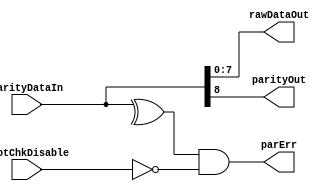
//////////////////////////////////////////////////////////////////////////////
// Copyright (c) 2006, Cisco Systems, Inc.
// All Rights Reserved.
//
// This is UNPUBLISHED PROPRIETARY SOURCE CODE of Cisco Systems, Inc;
// the contents of this file may not be disclosed to third parties, copied or
// duplicated in any form, in whole or in part, without the prior written
// permission of Cisco Systems, Inc.
//
// RESTRICTED RIGHTS LEGEND:
// Use, duplication or disclosure by the Government is subject to restrictions
// as set forth in subdivision (c)(1)(ii) of the Rights in Technical Data
// and Computer Software clause at DFARS 252.227-7013, and/or in similar or
// successor clauses in the FAR, DOD or NASA FAR Supplement. Unpublished -
// rights reserved under the Copyright Laws of the United States.
//
//////////////////////////////////////////////////////////////////////////////
//
// File          : CapParityCkr
// Description   : Parity Checker
// $Heading$
//
//
//////////////////////////////////////////////////////////////////////////////


`timescale 1ns / 1ns

module CapParityCkr
   #(parameter WIDTH =8
     )
   ( 
    input  wire  [WIDTH:0]                        parityDataIn,
    input  wire                                   protChkDisable,
    output wire  [WIDTH-1:0]                      rawDataOut,
    output wire  [0:0]                            parityOut,
    output wire                                   parErr
     

     );

`ifdef CAP_PARITY_GLOBAL_BYPASS
   
   assign parErr      = 1'b0;
   assign parityOut   = 1'b0;

`else

   assign parErr      = (^parityDataIn) && (!protChkDisable);
   assign parityOut   = parityDataIn[WIDTH];

`endif

   assign rawDataOut  = parityDataIn[WIDTH-1:0];
   
endmodule // CapEccCkr

//
//$Log: CapParityCkr.v,v $
//Revision 1.1  2013/01/31 03:10:12  abhasin2
//Adding files to dglobal used for memory instantiation in cray
//
//Revision 4.1  2012/03/13 22:25:42  rvish
//initial checkin for dopplerd with name changes. 4 tests fail in commit_regress - JtagDeviceIdJtagChipVTest, commitRtsCsmTestArray, PuzzleCoreEmulFlistTest and PlcResolutionBasicPlcTest
//
//Revision 4.0  2012/03/11 07:02:42  glambida
//Incrementing revision to 4.0
//
//Revision 3.1  2011/01/13 21:00:48  abbanerj
//global replace of doppler with dopplerd
//
//Revision 3.0  2011/01/13 19:53:21  abbanerj
//initial checkin for dopplerdcs.  start from version 3.0
//
//Revision 1.3  2009/03/05 17:38:54  olicht
//IZ#2948: cosim performance :add hooks to eliminate parity,ecc,elam inside cap wrappers
//
//Revision 1.2  2008/05/08 03:59:40  sanam
//Added Protection Check Disable
//
//Revision 1.1  2008/03/25 04:53:57  sanam
//Initial Check in For CAP Wrappers
//
//